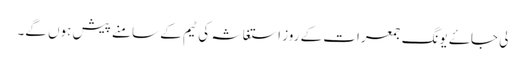
لی جاۓ یونگ جمعرات کے روز استغاثہ کی ٹیم کے سامنے پیش ہوں گے۔